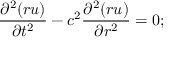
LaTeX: { \frac { \partial ^ { 2 } ( r u ) } { \partial t ^ { 2 } } } - c ^ { 2 } { \frac { \partial ^ { 2 } ( r u ) } { \partial r ^ { 2 } } } = 0 ;